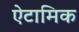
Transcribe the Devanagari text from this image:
ऐटामिक